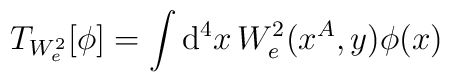
T_{W_{e}^{2}}[\phi ]=\int \mathrm{d}^{4}x\, W^{2}_{e}(x^{A},y)\phi (x)